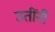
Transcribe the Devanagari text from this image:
उतींनी